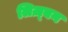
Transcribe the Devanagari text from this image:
लिज़्बन